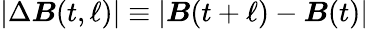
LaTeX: |\Delta\boldsymbol{B}(t,\ell)|\equiv|\boldsymbol{B}(t+\ell)-\boldsymbol{B}(t)|